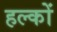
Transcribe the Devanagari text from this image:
हल्कों